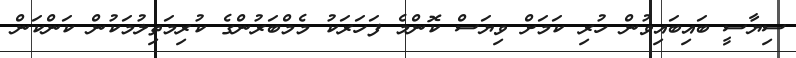
ސިޔާސީ ބައިބައިވުން ހުރި ކަމަށް ވިޔަސް ކޮންމެ ފަހަރަކު މެމްބަރުންގެ ކުރިމަތިލުމަކުން ކަންކަން